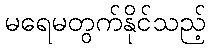
မရေမတွက်နိုင်သည့်